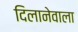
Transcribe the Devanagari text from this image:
दिलानेवाला